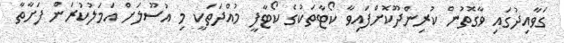
ގަވާއިދުގައި ވާގޮތުން ކުރިންދޫކޮށްފައިވާ ކޯޓާތަކުގެ ކޯޓާފީ މުއްދަތަކީ މި އުސޫލަށް އަމަލުކުރަން ފަށާތާ